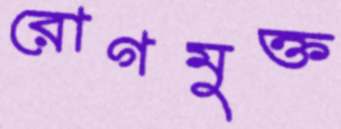
রোগমুক্ত